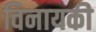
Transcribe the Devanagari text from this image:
विनायकी